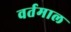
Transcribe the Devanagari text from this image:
वर्तमाल